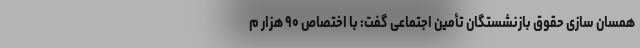
همسان سازی حقوق بازنشستگان تأمین اجتماعی گفت: با اختصاص ۹۰ هزار م